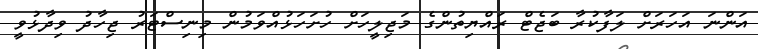
އަންނަ އަހަރަށް ލަފާކުރާ ބަޖެޓް ރައްޔިތުންގެ މަޖިލީހަށް ހުށަހަޅުއްވަމުން މިނިސްޓަރު ޖިހާދު ވިދާޅުވީ